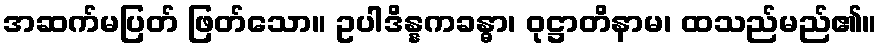
အဆက်မပြတ် ဖြတ်သော။ ဥပါဒိန္နကခန္ဓာ၊ ဝုဋ္ဌာတိနာမ၊ ထသည်မည်၏။